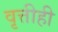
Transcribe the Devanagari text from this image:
वृत्तीही